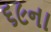
૬૯ના